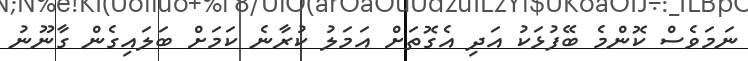
ނަމަވެސް ކޮންމެ ބޭފުޅަކު އަދި އެގޮތަށް އަމަލު ކުރާނެ ކަމަށް ބަލައިގެން ގާނޫނު